Lunatic asylums Madras 1892-1911 - 1892-1911
Year: 1892
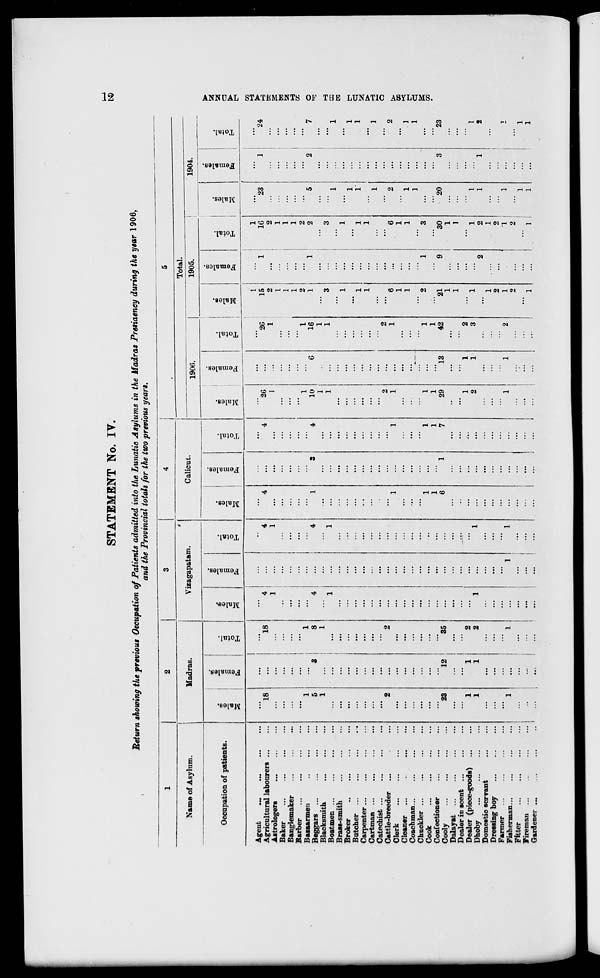
STATEMENT No. IV.
t«
Return thawing the previous Occupation of Patients admitted into the Lunatic Asylums in the Madras Presiaency during the ysar 1906,
and the Provincial totals for the two previous years.
1
2
3
4
5
1
Madras.
Vizagapatai m.
Calicut.
Total.
Name of Asylum.
1906.
1905.
1904.
Occupation of patients.
m
i
"5
3
m
13
Is
i
^3
males,
tal.
,2
ZD
0)
a
"3 43
m
13
m
0
i
13
0
m
"3
0
3
S
<9
"5
0
8
fa
3
S
fa
o
£
o
fa
I
o
1
fa
o
s
fa
H
3
1 *■
*
1
1
1
Agent
Agricultural labourers
Astrologers
"l8
...
18
'" 4 1
1
...
4
1
4
:::
' .
4
"20
I
...
"26
1
15
2
1
'" 1
...
16
2
1
23
1
**24
Baker
...
...
• •
...
...
• ••
...
1
1
1
Banglemaker
...
...
...
...
...
...
...
...
1
"■
Barber
Basaarmeu
Beggars ...
...
' 1
5
3
1
8
4
...
4
1
3
4
1
10
1
1
'" 6
1
16
1
1
2
1
1
2
2
5
1
2
'" 7
Blacksmith
Boatmen ...
1
...
1
1
1
...
3
...
...
3
1 j
...
' 1
Brass-smith
...
...
...
...
...
...
...
••
...
...
1
1
Broker
...
...
...
...
...
...
...
...
...
1
1
Butcher
...
...
...
...
••
...
...
...
1
1
1
1
Carpenter ...
...
...
...
...
...
...
. ••
...
1
1
Cartman ...
...
...
...
...
. ••
...
1
1
Catechist ...
...
...
...
...
...
...
• ■
...
...
2
1
Cattle-breeder
Clerk
2
...
2
1
1
2
1
...
' 6
1
...
6
1
2
...
2
Cleaner ...
...
...
...
...
...
...
...
...
1
1
1
1
Coachman...
...
...
...
...
• •
...
...
■•
...
1
1
Chuokler
Cook
...
...
...
...
" 1
1
1
1
'" 2
' 1
"* 3
••
Confectioner
Cooly
23
12
35
...
...
1
6
'" 1
1
7
1
29
13
1
42
*2l
1
9
30
1
20
3
23
Dalayat
...
...
...
...
••
...
...
1
1
Dealer in scent ...
...
...
...
• •
.•••
...
...
' 1
2
1
1
2
3
Dealer (piece-goods)
1
1
2
...
• •
...
...
.,.
••
1
...
1
1
1
Dhoby
1
1
2
1
••
1
...
. •■
2
2
1
' 1
2
Domestic servant
...
...
...
• •
...
...
...
■•
1
1
Dressing boy
...
...
...
...
...
...
...
...
2
2
Farmer
...
Fisherman
1
...
"" I
.*.:
1
1
..
1
1
2
1
2
1
1
2
1
•■
l
Fitter
...
...
...
...
••
...
...
...
••
1
••
1
Fireman ...
-
...
...
••
...
...
'.'.'.
1
...
1 i
1
1
Gardener ...
1
.'.:
...
...
••
...
...
i
'
a
>
w
►
65
H
cc
O
63
f
el
>
>
CD
s